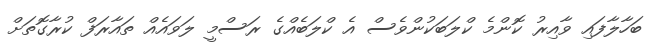
ބަހާލާފައި ވާއިރު ކޮންމެ ކްލަބަކުންވެސް އެ ކްލަބެއްގެ ރަސްމީ ލަވައެއް ތައާރަފް ކުރާގޮތަށް